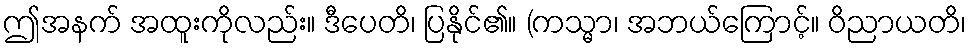
ဤအနက် အထူးကိုလည်း။ ဒီပေတိ၊ ပြနိုင်၏။ (ကသ္မာ၊ အဘယ်ကြောင့်။ ဝိညာယတိ၊